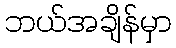
ဘယ်အချိန်မှာ